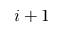
i + 1